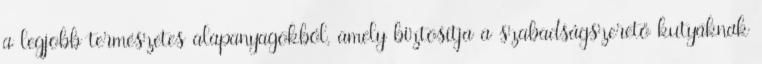
a legjobb természetes alapanyagokból, amely biztosítja a szabadságszerető kutyáknak